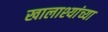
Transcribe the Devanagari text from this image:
खालाश्यांच्या